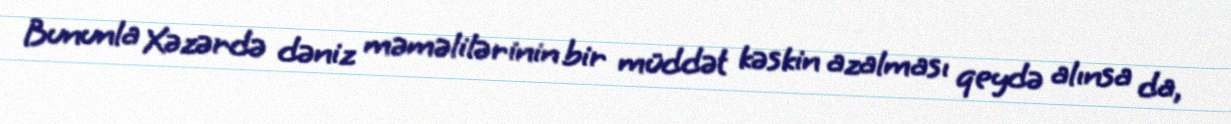
Bununla Xəzərdə dəniz məməlilərinin bir müddət kəskin azalması qeydə alınsa da,